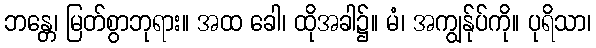
ဘန္တေ၊ မြတ်စွာဘုရား။ အထ ခေါ၊ ထိုအခါ၌။ မံ၊ အကျွန်ုပ်ကို။ ပုရိသာ၊